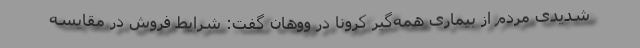
شدیدی مردم از بیماری همه‌گیر کرونا در ووهان گفت: شرایط فروش در مقایسه